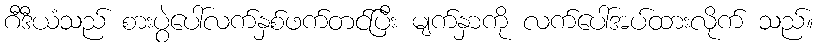
ဂီဒီယံသည် စားပွဲပေါ်လက်နှစ်ဖက်တင်ပြီး မျက်နှာကို လက်ပေါ်အပ်ထားလိုက် သည်။